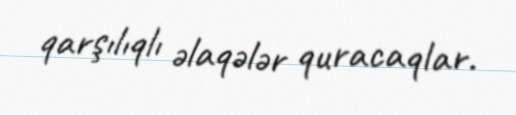
qarşılıqlı əlaqələr quracaqlar.